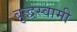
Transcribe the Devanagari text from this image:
बुद्धस्वामी